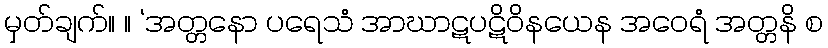
မှတ်ချက်။ ။ ‘အတ္တနော ပရေသံ အာဃာဋပဋိဝိနယေန အဝေရံ အတ္တနိ စ